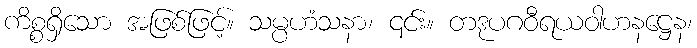
ကိစ္စရှိသော အဖြစ်ဖြင့်။ သမ္ပဟံသနာ၊ ၎င်း။ တဒုပဂဝီရယဝါဟနဋ္ဌေန၊